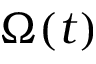
\Omega ( t )